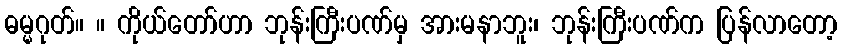
ဓမ္မဂုတ်။ ။ ကိုယ်တော်ဟာ ဘုန်းကြီးပဏ်မှ အားမနာဘူး၊ ဘုန်းကြီးပဏ်က ပြန်လာတော့